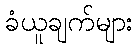
ခံယူချက်များ